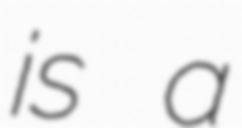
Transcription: is a